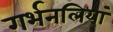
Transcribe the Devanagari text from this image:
गर्भनलियां